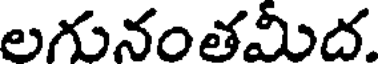
లగునంతమీద.